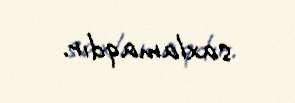
saxlamaqdır.